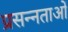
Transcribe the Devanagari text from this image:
प्रसन्नताओं